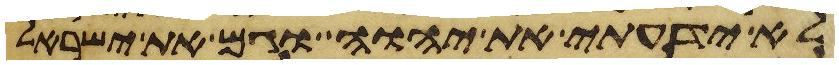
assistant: לא ידעתי את יהוה וגם את ישראל